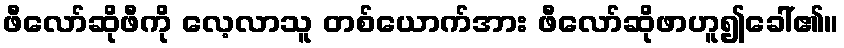
ဖီလော်ဆိုဖီကို လေ့လာသူ တစ်ယောက်အား ဖီလော်ဆိုဖာဟူ၍ခေါ်၏။